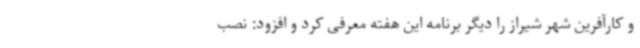
و کارآفرین شهر شیراز را دیگر برنامه این هفته معرفی کرد و افزود: نصب